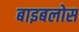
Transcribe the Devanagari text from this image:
बाइबलोस